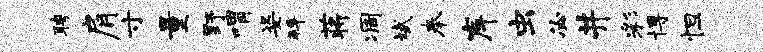
聘肩寸量野喟姿拜蒋凋斌奉岸虫必井彩博怛